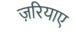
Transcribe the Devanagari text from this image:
ज़रियाए